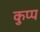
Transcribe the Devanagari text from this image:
कुप्प